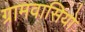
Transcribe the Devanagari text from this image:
ग्रामवासियो